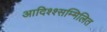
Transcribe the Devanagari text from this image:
आदिश्श्सम्मिलित